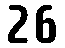
26